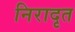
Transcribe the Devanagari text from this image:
निरादृत